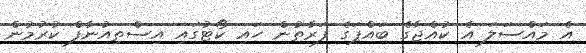
އެ މައްސަލަ އެ ކުއްޖާގެ ބައްޕަގެ ފަރާތުން ހައި ކޯޓުގައި އިސްތިއުނާފް ކުރުމުން